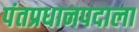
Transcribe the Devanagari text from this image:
पंतप्रधानपदाला